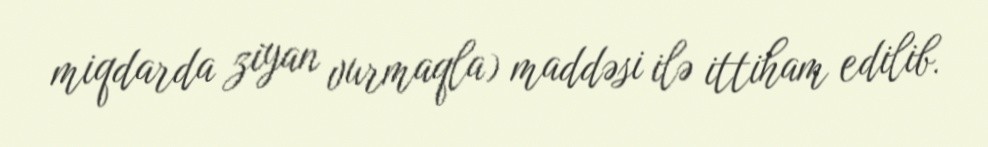
miqdarda ziyan vurmaqla) maddəsi ilə ittiham edilib.